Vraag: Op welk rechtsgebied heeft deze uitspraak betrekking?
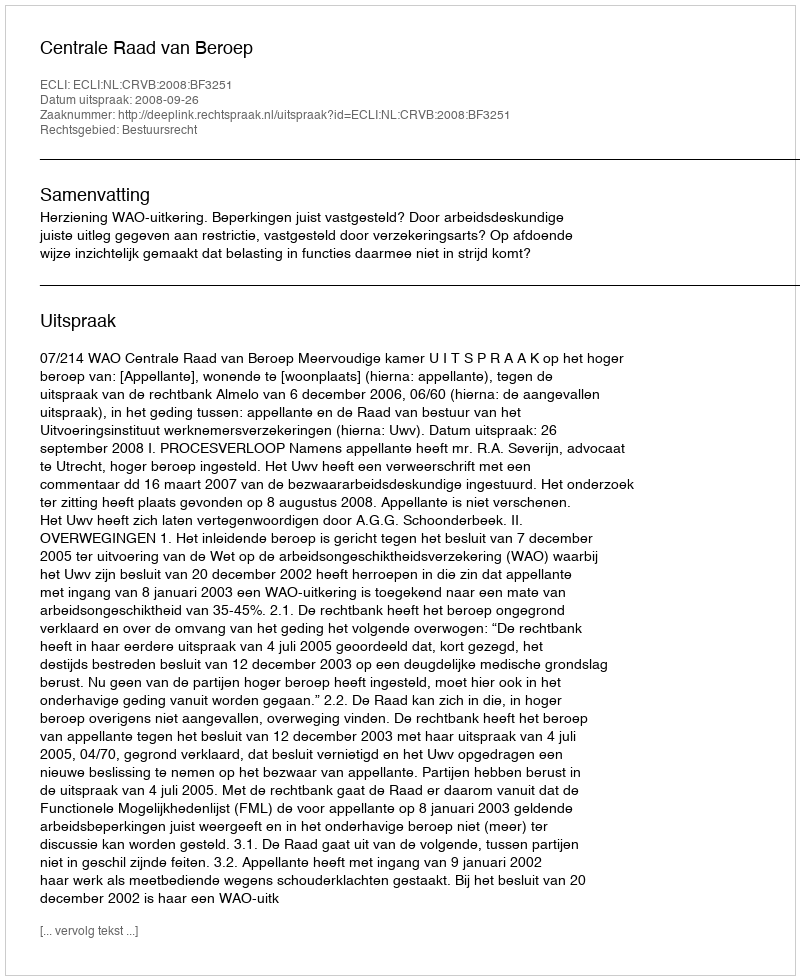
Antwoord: Bestuursrecht